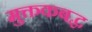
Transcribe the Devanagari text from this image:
मुक्तकबद्ध